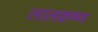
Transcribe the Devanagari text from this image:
लालक्रष्ण